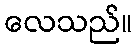
လေသည်။